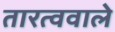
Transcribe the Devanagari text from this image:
तारत्ववाले